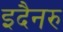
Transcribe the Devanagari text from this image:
इदैनरु